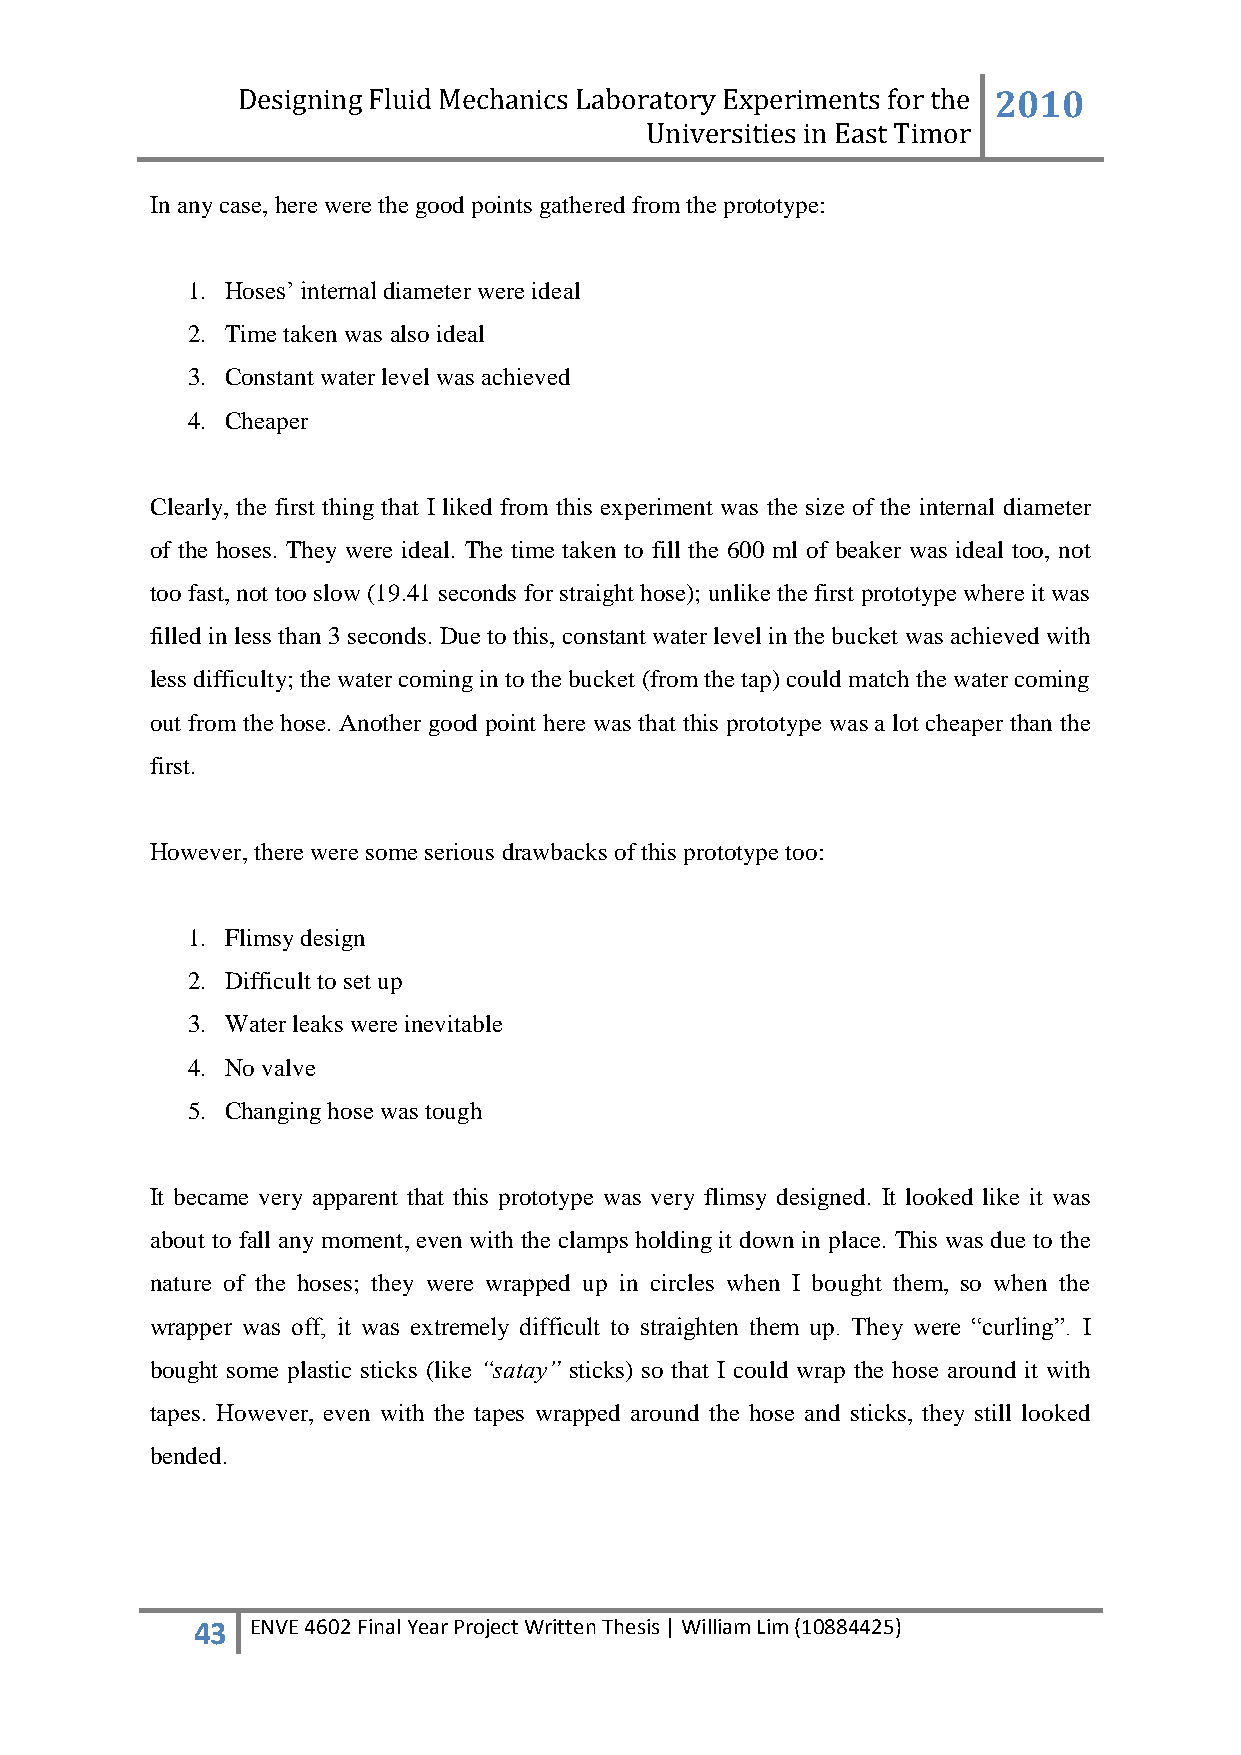
Designing Fluid Mechanics Laboratory Experiments for the 2010
 Universities in East Timor
 In any case, here were the good points gathered from the prototype:
 1. Hoses‟ internal diameter were ideal
 2. Time taken was also ideal
 3. Constant water level was achieved
 4. Cheaper
 Clearly, the first thing that I liked from this experiment was the size of the internal diameter
 of the hoses. They were ideal. The time taken to fill the 600 ml of beaker was ideal too, not
 too fast, not too slow (19.41 seconds for straight hose); unlike the first prototype where it was
 filled in less than 3 seconds. Due to this, constant water level in the bucket was achieved with
 less difficulty; the water coming in to the bucket (from the tap) could match the water coming
 out from the hose. Another good point here was that this prototype was a lot cheaper than the
 first.
 However, there were some serious drawbacks of this prototype too:
 1. Flimsy design
 2. Difficult to set up
 3. Water leaks were inevitable
 4. No valve
 5. Changing hose was tough
 It became very apparent that this prototype was very flimsy designed. It looked like it was
 about to fall any moment, even with the clamps holding it down in place. This was due to the
 nature of the hoses; they were wrapped up in circles when I bought them, so when the
 wrapper was off, it was extremely difficult to straighten them up. They were “curling”. I
 bought some plastic sticks (like “satay” sticks) so that I could wrap the hose around it with
 tapes. However, even with the tapes wrapped around the hose and sticks, they still looked
 bended.
 43  ENVE 4602 Final Year Project Written Thesis | William Lim (10884425)